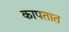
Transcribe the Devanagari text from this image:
कापतात